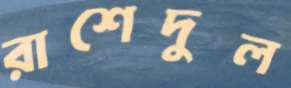
রাশেদুল